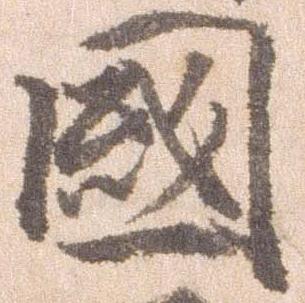
国